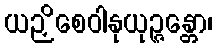
ယဉှိစေဝါနုယုဉ္ဇန္တော၊